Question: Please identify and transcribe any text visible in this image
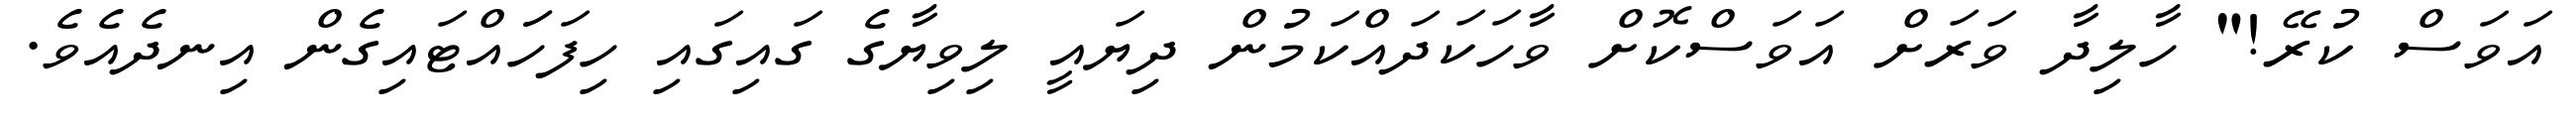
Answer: އަވަސް ކުރޭ!" ހާލިދާ ވަރަށް އަވަސްކޮށް ވާހަކަދައްކަމުން ދިޔައީ ލިވިޔާގެ ގައިގައި ހިފަހަައްޓައިގެން އިނދެއެވެ.